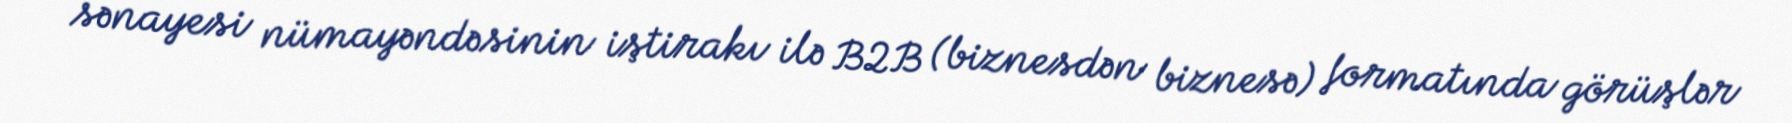
sənayesi nümayəndəsinin iştirakı ilə B2B (biznesdən biznesə) formatında görüşlər